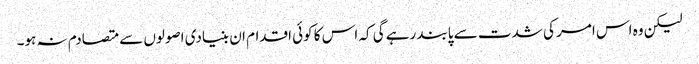
لیکن وہ اس امر کی شدت سے پابند رہے گی کہ اس کا کوئی اقدام ان بنیادی اصولوں سے متصادم نہ ہو۔